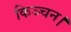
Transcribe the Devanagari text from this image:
किञ्चन।